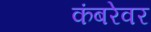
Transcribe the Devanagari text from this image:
कंबरेवर